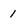
Character: 1